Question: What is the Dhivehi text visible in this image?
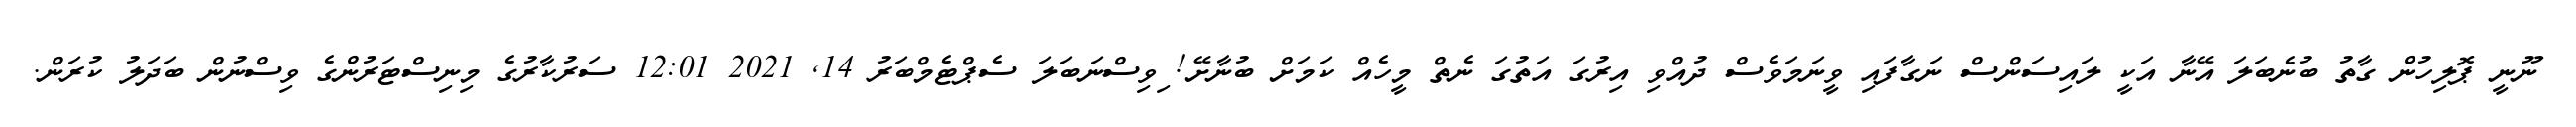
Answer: ނޫނީ ޕޮލިހުން ގާތު ބުނެބަލަ އޭނާ އަކީ ލައިސަންސް ނަގާފައި ވީނަމަވެސް ދުއްވި އިރުގަ އަތުގަ ނެތް މީހެއް ކަމަށް ބުނާށޭ! ިވިސްނަބަލަ ސެޕްޓެމްބަރު 14, 2021 12:01 ސަރުކާރުގެ މިނިސްޓަރުންގެ ވިސްނުން ބަދަލު ކުރަން.